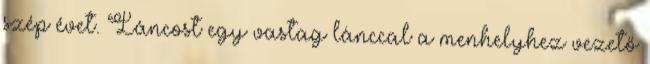
szép évet. Láncost egy vastag lánccal a menhelyhez vezető